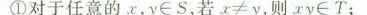
①对于任意的x，y\in S，若$$x ≠ y$$，则xy\in T；